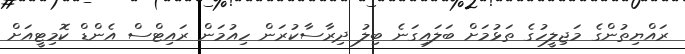
ރައްޔިތުންގެ މަޖިލީހުގެ ތަޅުމަށް ބަލައިގަނެ ބިލު ދިރާސާކުރަން ހިއުމަން ރައިޓްސް އެންޑް ކޮމިޓީއަށް